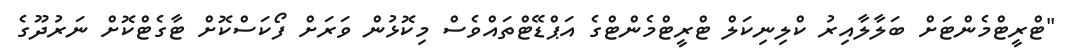
"ޓްރީޓްމެންޓަށް ބަލާލާއިރު ކްލިނިކަލް ޓްރީޓްމެންޓްގެ އަޕްޑޭޓްތައްވެސް މިކޮޅުން ވަރަށް ފޯކަސްކޮށް ޓާގެޓްކޮށް ނަރުދޫގެ